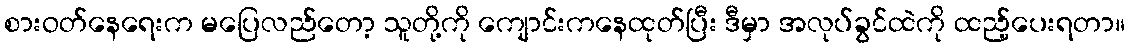
စားဝတ်နေရေးက မပြေလည်တော့ သူတို့ကို ကျောင်းကနေထုတ်ပြီး ဒီမှာ အလုပ်ခွင်ထဲကို ထည့်ပေးရတာ။